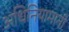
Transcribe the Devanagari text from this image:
अधिनियामानी